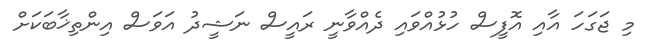
މި ޖަގަހަ އާއި އޮފީސް ހުޅުއްވައި ދެއްވާނީ ރައީސް ނަޝީދު އަވަސް އިންތިޚާބަކަށް